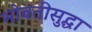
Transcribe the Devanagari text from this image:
भोवतीसुद्धा